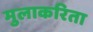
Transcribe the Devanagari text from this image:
मुलाकरिता